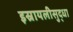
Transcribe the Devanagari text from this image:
इस्रायलीसुद्धा